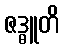
ဇဒ္ဓူတိ